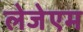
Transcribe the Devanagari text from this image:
लेजेएम